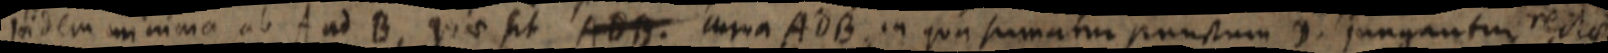
iidem minima ab A ad B, quae sit ADB. una AdB in qua sumatur punctum D. jungantur rectae